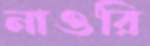
নাওরি